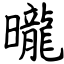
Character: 曨